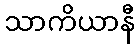
သာကိယာနီ